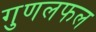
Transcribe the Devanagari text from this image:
गुणलफल